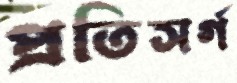
প্রতিসর্গ